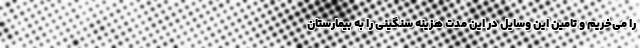
را می‌خریم و تامین این وسایل در این مدت هزینه سنگینی را به بیمارستان